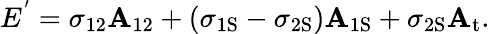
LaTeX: E^{'}=\sigma_{12}\mathbf{A}_{12}+(\sigma_{\mathrm{{{1S}}}}-\sigma_{\mathrm{{{2S}}}})\mathbf{A}_{\mathrm{{{1S}}}}+\sigma_{\mathrm{{{2S}}}}\mathbf{A}_{\mathrm{{{t}}}}.